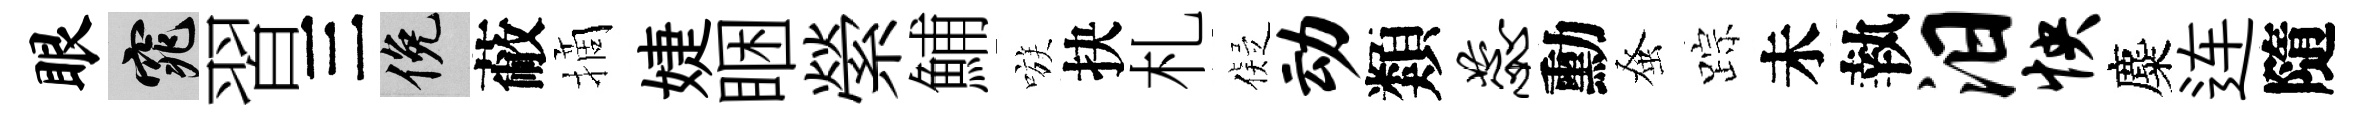
眼窕習三俯蔽摘婕睏縈鯆嗾抉札儗动類蕊勳𫊫踪未執汨怏麋连隨